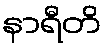
နာရီတိ